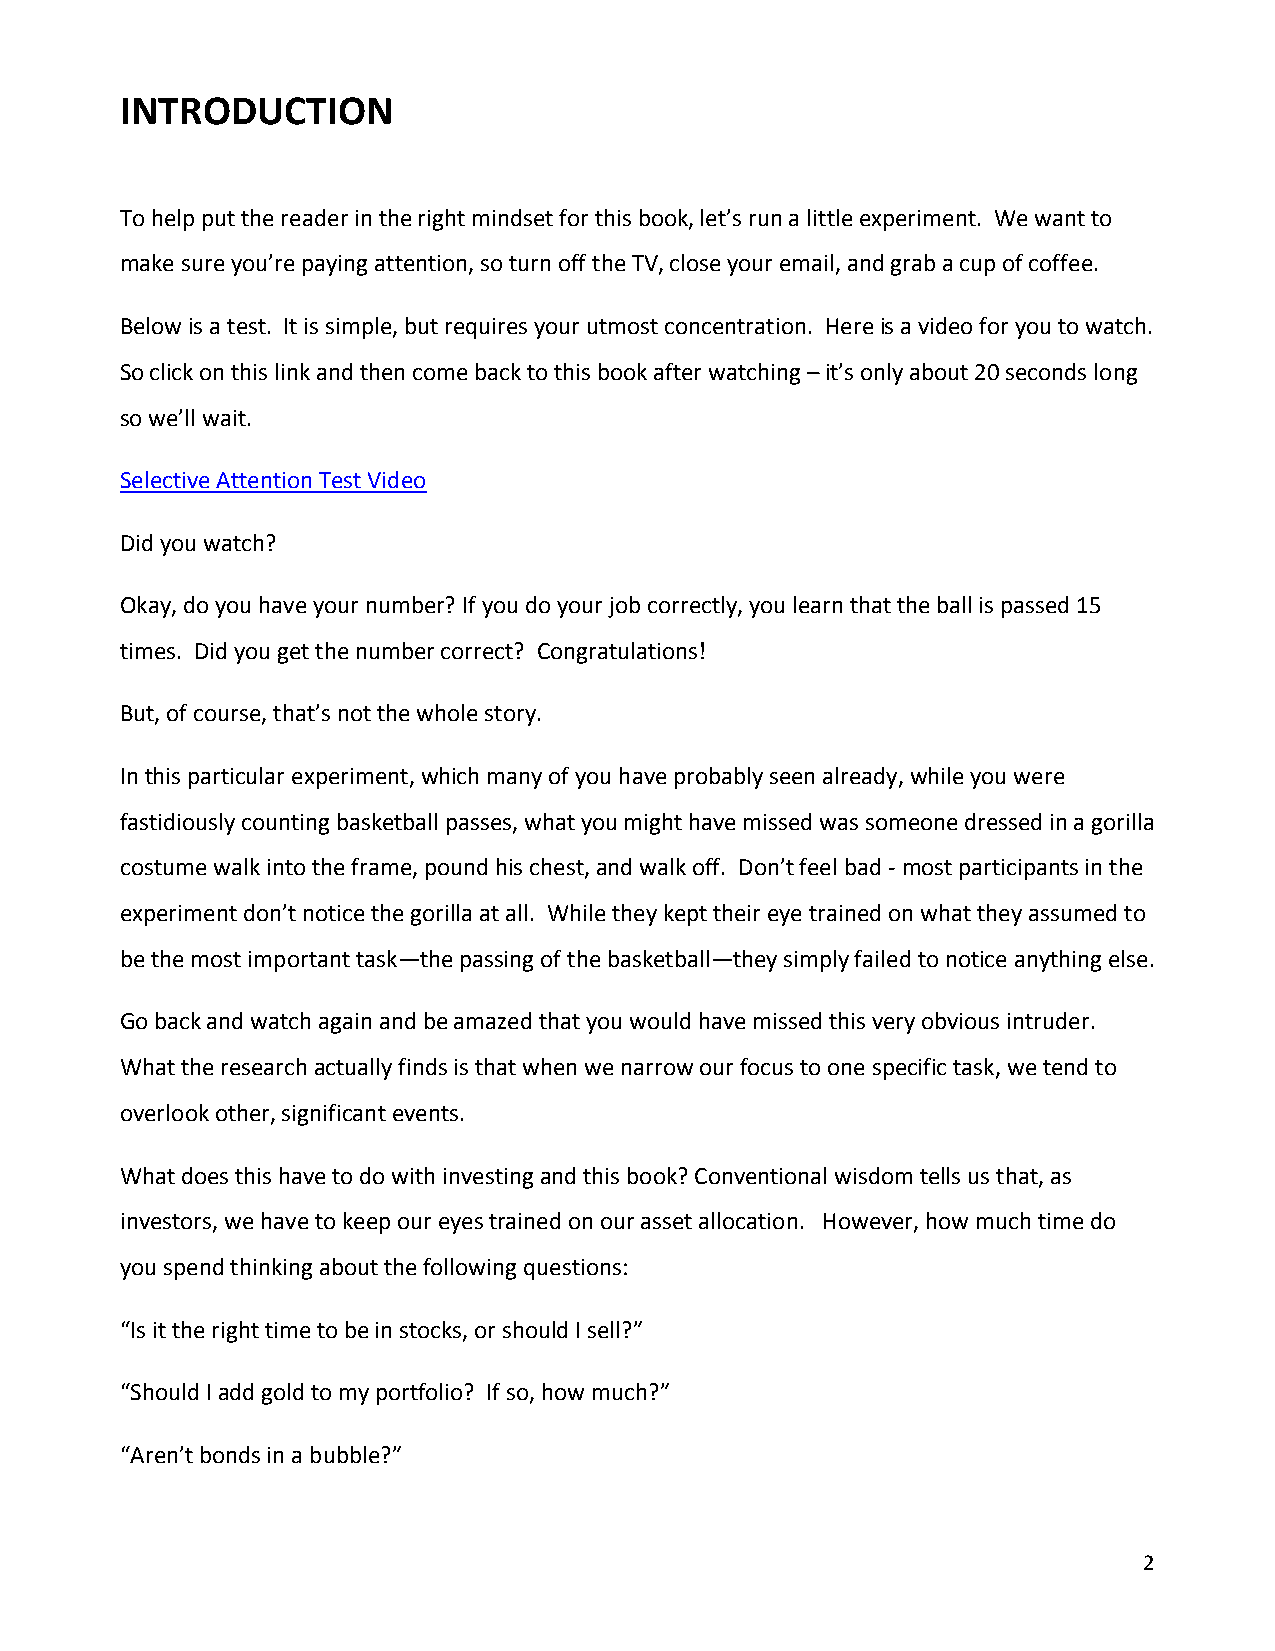
INTRODUCTION
 To help put the reader in the right mindset for this book, let’s run a little experiment. We want to
 make sure you’re paying attention, so turn off the TV, close your email, and grab a cup of coffee.
 Below is a test. It is simple, but requires your utmost concentration. Here is a video for you to watch.
 So click on this link and then come back to this book after watching – it’s only about 20 seconds long
 so we’ll wait.
 Selective Attention Test Video
 Did you watch?
 Okay, do you have your number? If you do your job correctly, you learn that the ball is passed 15
 times. Did you get the number correct? Congratulations!
 But, of course, that’s not the whole story.
 In this particular experiment, which many of you have probably seen already, while you were
 fastidiously counting basketball passes, what you might have missed was someone dressed in a gorilla
 costume walk into the frame, pound his chest, and walk off. Don’t feel bad - most participants in the
 experiment don’t notice the gorilla at all. While they kept their eye trained on what they assumed to
 be the most important task—the passing of the basketball—they simply failed to notice anything else.
 Go back and watch again and be amazed that you would have missed this very obvious intruder.
 What the research actually finds is that when we narrow our focus to one specific task, we tend to
 overlook other, significant events.
 What does this have to do with investing and this book? Conventional wisdom tells us that, as
 investors, we have to keep our eyes trained on our asset allocation. However, how much time do
 you spend thinking about the following questions:
 “Is it the right time to be in stocks, or should I sell?”
 “Should I add gold to my portfolio? If so, how much?”
 “Aren’t bonds in a bubble?”
 2